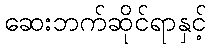
ဆေးဘက်ဆိုင်ရာနှင့်